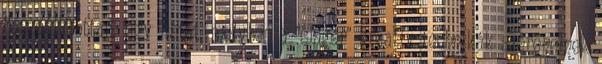
összeállítottam egy listát, melyben a "sláger" kreatív technikák szerepelnek